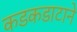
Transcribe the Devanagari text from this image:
कडकडाटाने